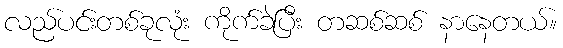
လည်ပင်းတစ်ခုလုံး ကိုက်ခဲပြီး တဆစ်ဆစ် နာနေတယ်။